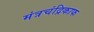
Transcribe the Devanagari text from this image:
मंत्रचंद्रिकाफ